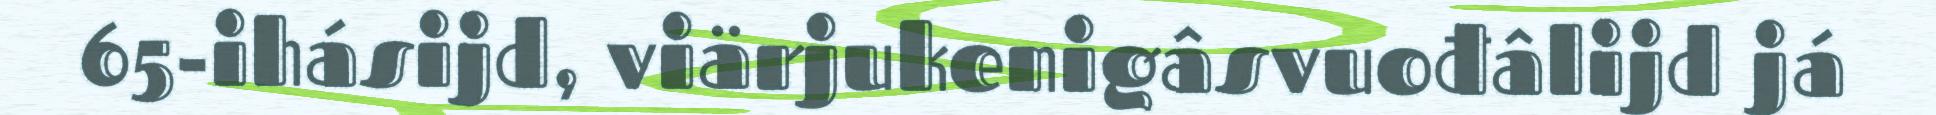
65-ihásijd, viärjukenigâsvuođâlijd já